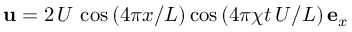
{ \bf u } = 2 \, U \, \cos \left( 4 \pi x / L \right) \cos \left( 4 \pi \chi t \, U / L \right) { \bf e } _ { x }